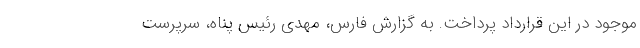
موجود در این قرارداد پرداخت. به گزارش فارس، مهدی رئیس پناه، سرپرست